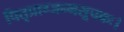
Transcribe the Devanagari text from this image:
पितृप्राग्जन्मसूचकः।